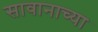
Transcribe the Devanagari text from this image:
सावानाच्या